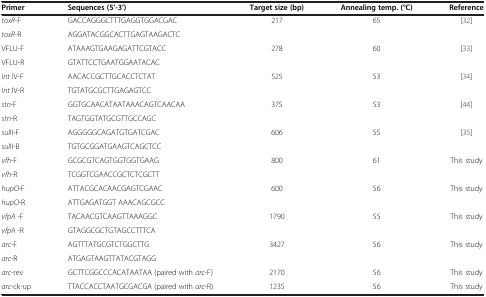
<table><thead><tr><td><b>Primer</b></td><td><b>Sequences (5’-3’)</b></td><td><b>Target size (bp)</b></td><td><b>Annealing temp. (°C)</b></td><td><b>Reference</b></td></tr></thead><tbody><tr><td><i>toxR</i>-F</td><td>GACCAGGGCTTTGAGGTGGACGAC</td><td>217</td><td>65</td><td>[32]</td></tr><tr><td><i>toxR</i>-R</td><td>AGGATACGGCACTTGAGTAAGACTC</td><td> </td><td> </td><td> </td></tr><tr><td>VFLU-F</td><td>ATAAAGTGAAGAGATTCGTACC</td><td>278</td><td>60</td><td>[33]</td></tr><tr><td>VFLU-R</td><td>GTATTCCTGAATGGAATACAC</td><td> </td><td> </td><td> </td></tr><tr><td><i>Int</i> IV-F</td><td>AACACCGCTTGCACCTCTAT</td><td>525</td><td>53</td><td>[34]</td></tr><tr><td><i>Int</i> IV-R</td><td>TGTATGCGCTTGAGAGTCC</td><td> </td><td> </td><td> </td></tr><tr><td><i>stn</i>-F</td><td>GGTGCAACATAATAAACAGTCAACAA</td><td>375</td><td>53</td><td>[44]</td></tr><tr><td><i>stn</i>-R</td><td>TAGTGGTATGCGTTGCCAGC</td><td> </td><td> </td><td> </td></tr><tr><td><i>sul</i>II-F</td><td>AGGGGGCAGATGTGATCGAC</td><td>606</td><td>55</td><td>[35]</td></tr><tr><td><i>sul</i>II-B</td><td>TGTGCGGATGAAGTCAGCTCC</td><td> </td><td> </td><td> </td></tr><tr><td><i>vfh</i>-F</td><td>GCGCGTCAGTGGTGGTGAAG</td><td>800</td><td>61</td><td>This study</td></tr><tr><td><i>vfh</i>-R</td><td>TCGGTCGAACCGCTCTCGCTT</td><td> </td><td> </td><td> </td></tr><tr><td><i>hupO</i>-F</td><td>ATTACGCACAACGAGTCGAAC</td><td>600</td><td>56</td><td>This study</td></tr><tr><td><i>hupO</i>-R</td><td>ATTGAGATGGT AAACAGCGCC</td><td> </td><td> </td><td> </td></tr><tr><td><i>vfpA</i> -F</td><td>TACAACGTCAAGTTAAAGGC</td><td>1790</td><td>55</td><td>This study</td></tr><tr><td><i>vfpA</i> -R</td><td>GTAGGCGCTGTAGCCTTTCA</td><td> </td><td> </td><td> </td></tr><tr><td><i>arc-</i>F</td><td>AGTTTATGCGTCTGGCTTG</td><td>3427</td><td>56</td><td>This study</td></tr><tr><td><i>arc</i>-R</td><td>ATGAGTAAGTTATACGTAGG</td><td> </td><td> </td><td> </td></tr><tr><td><i>arc</i>-rev</td><td>GCTTCGGCCCACATAATAA (paired with <i>arc</i>-F)</td><td>2170</td><td>56</td><td>This study</td></tr><tr><td><i>arc</i>-ck-up</td><td>TTACCACCTAATGCGACGA (paired with <i>arc</i>-R)</td><td>1235</td><td>56</td><td>This study</td></tr></tbody></table>